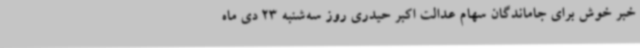
خبر خوش برای جاماندگان سهام عدالت اکبر حیدری روز سه‌شنبه 23 دی ماه